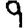
Digit: 9